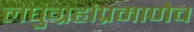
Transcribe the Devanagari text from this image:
लघुग्रहांप्रमाणेच